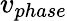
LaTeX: v_{phase}